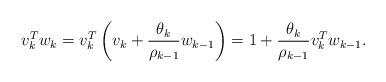
LaTeX: \begin{align*}v_{k}^{T}w_{k}=v_{k}^{T}\left(v_{k}+\frac{\theta_{k}}{\rho_{k-1}}w_{k-1}\right)=1+\frac{\theta_{k}}{\rho_{k-1}}v_{k}^{T}w_{k-1}.\end{align*}